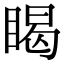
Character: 𥈎